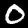
Digit: 0